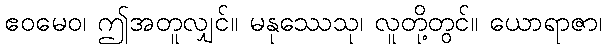
ဧဝမေဝ၊ ဤအတူလျှင်။ မနုဿေသု၊ လူတို့တွင်။ ယောရာဇာ၊